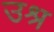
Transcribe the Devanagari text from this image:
उश्र